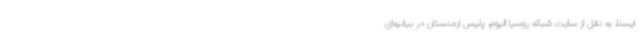
ایسنا، به نقل از سایت شبکه روسیا الیوم، پلیس ارمنستان در بیانیه‌ای